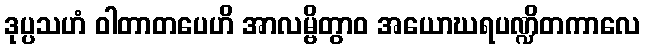
ဒုပ္ပသဟံ ဝါတာတပေဟိ အာလမ္ဗိတွာဝ အယောဃရပဏ္ဍိတကာလေ